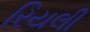
રિયલી